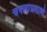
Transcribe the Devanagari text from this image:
चपलांप्रमाणे